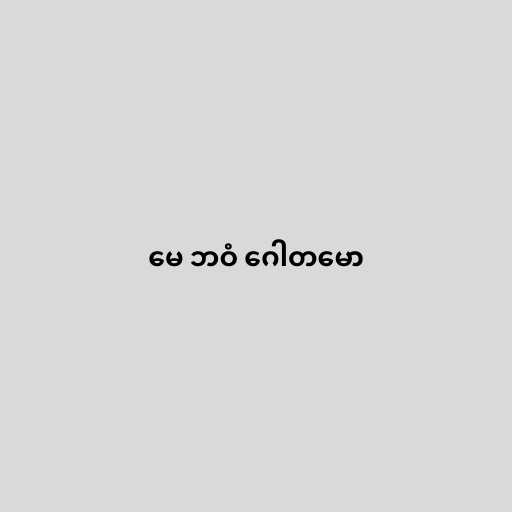
မေ ဘဝံ ဂေါတမော